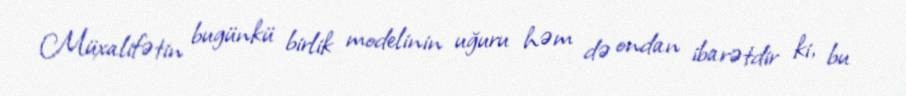
Müxalifətin bugünkü birlik modelinin uğuru həm də ondan ibarətdir ki, bu